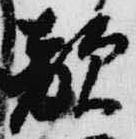
敵